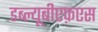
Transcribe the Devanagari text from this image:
डब्ल्यूबीएफ़एस